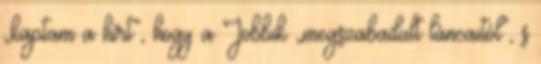
„kap­tam a hírt”, hogy a Jobbik „megszabadult láncaitól”, s